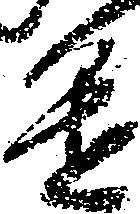
進